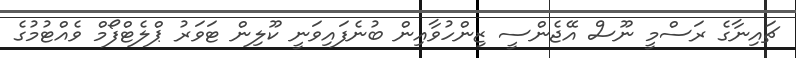
ޗައިނާގެ ރަސްމީ ނޫސް އޭޖެންސީ ޒިންހުވާއިން ބުނެފައިވަނީ ކޫލިން ޓަވަރު ޕްލެޓްފޯމް ވެއްޓުމުގެ